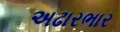
અઢારભાર